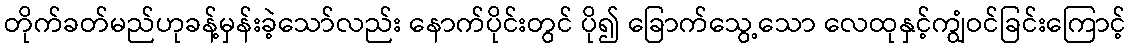
တိုက်ခတ်မည်ဟုခန့်မှန်းခဲ့သော်လည်း နောက်ပိုင်းတွင် ပို၍ ခြောက်သွေ့သော လေထုနှင့်ကျွံဝင်ခြင်းကြောင့်